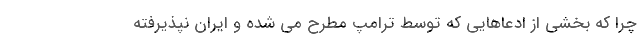
چرا که بخشی از ادعاهایی که توسط ترامپ مطرح می شده و ایران نپذیرفته